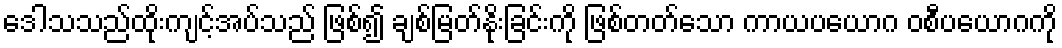
ဒေါသသည်ထိုးကျင့်အပ်သည် ဖြစ်၍ ချစ်မြတ်နိုးခြင်းကို ဖြစ်တတ်သော ကာယပယောဂ ဝစီပယောဂကို